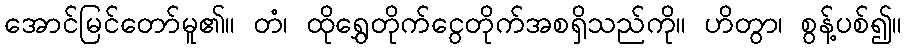
အောင်မြင်တော်မူ၏။ တံ၊ ထိုရွှေတိုက်ငွေတိုက်အစရှိသည်ကို။ ဟိတွာ၊ စွန့်ပစ်၍။